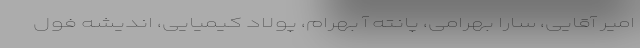
امیر آقایی، سارا بهرامی، پانته آ بهرام، پولاد کیمیایی، اندیشه فول